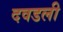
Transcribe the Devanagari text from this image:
दवडली